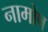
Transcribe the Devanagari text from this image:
नामोष